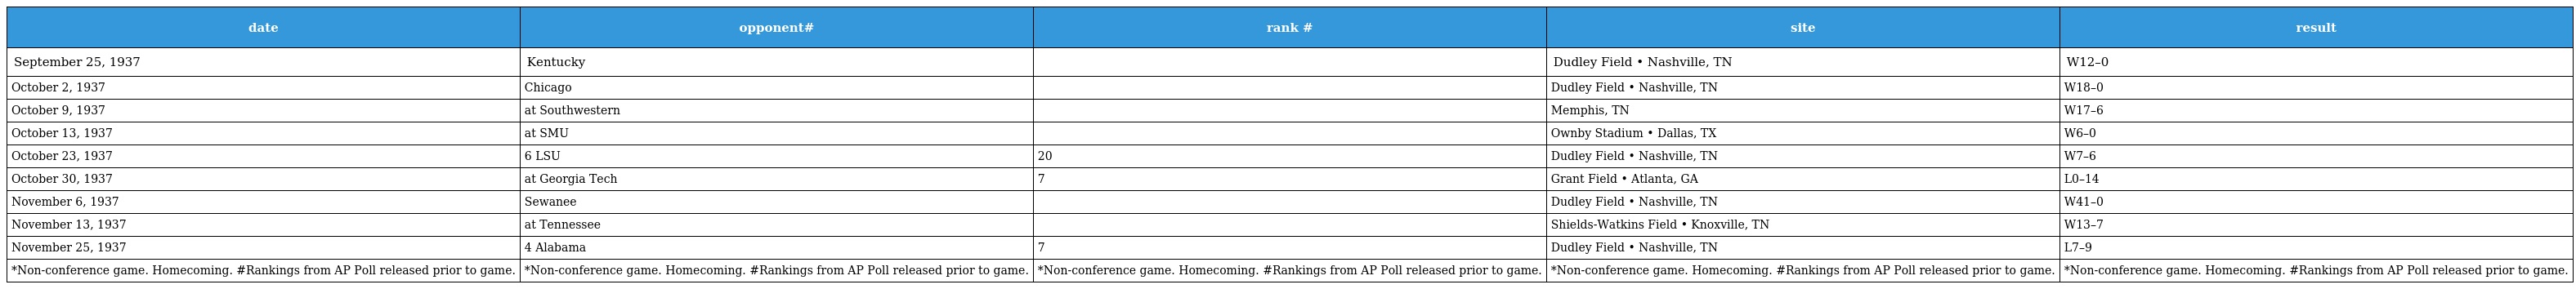
| date | opponent# | rank # | site | result |
 | --- | --- | --- | --- | --- |
 | September 25, 1937 | Kentucky |  | Dudley Field • Nashville, TN | W12–0 |
 | October 2, 1937 | Chicago |  | Dudley Field • Nashville, TN | W18–0 |
 | October 9, 1937 | at Southwestern |  | Memphis, TN | W17–6 |
 | October 13, 1937 | at SMU |  | Ownby Stadium • Dallas, TX | W6–0 |
 | October 23, 1937 | 6 LSU | 20 | Dudley Field • Nashville, TN | W7–6 |
 | October 30, 1937 | at Georgia Tech | 7 | Grant Field • Atlanta, GA | L0–14 |
 | November 6, 1937 | Sewanee |  | Dudley Field • Nashville, TN | W41–0 |
 | November 13, 1937 | at Tennessee |  | Shields-Watkins Field • Knoxville, TN | W13–7 |
 | November 25, 1937 | 4 Alabama | 7 | Dudley Field • Nashville, TN | L7–9 |
 | *Non-conference game. Homecoming. #Rankings from AP Poll released prior to game. | *Non-conference game. Homecoming. #Rankings from AP Poll released prior to game. | *Non-conference game. Homecoming. #Rankings from AP Poll released prior to game. | *Non-conference game. Homecoming. #Rankings from AP Poll released prior to game. | *Non-conference game. Homecoming. #Rankings from AP Poll released prior to game. |